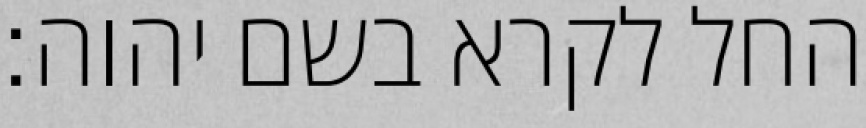
החל לקרא בשם יהוה׃